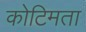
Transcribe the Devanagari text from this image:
कोटिमता